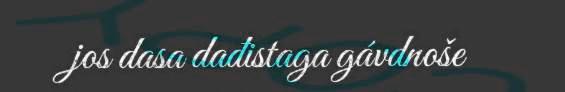
jos dasa dađistaga gávdnoše